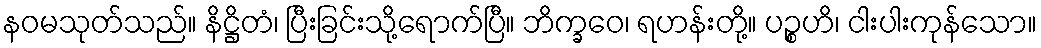
နဝမသုတ်သည်။ နိဋ္ဌိတံ၊ ပြီးခြင်းသို့ရောက်ပြီ။ ဘိက္ခဝေ၊ ရဟန်းတို့။ ပဉ္စဟိ၊ ငါးပါးကုန်သော။